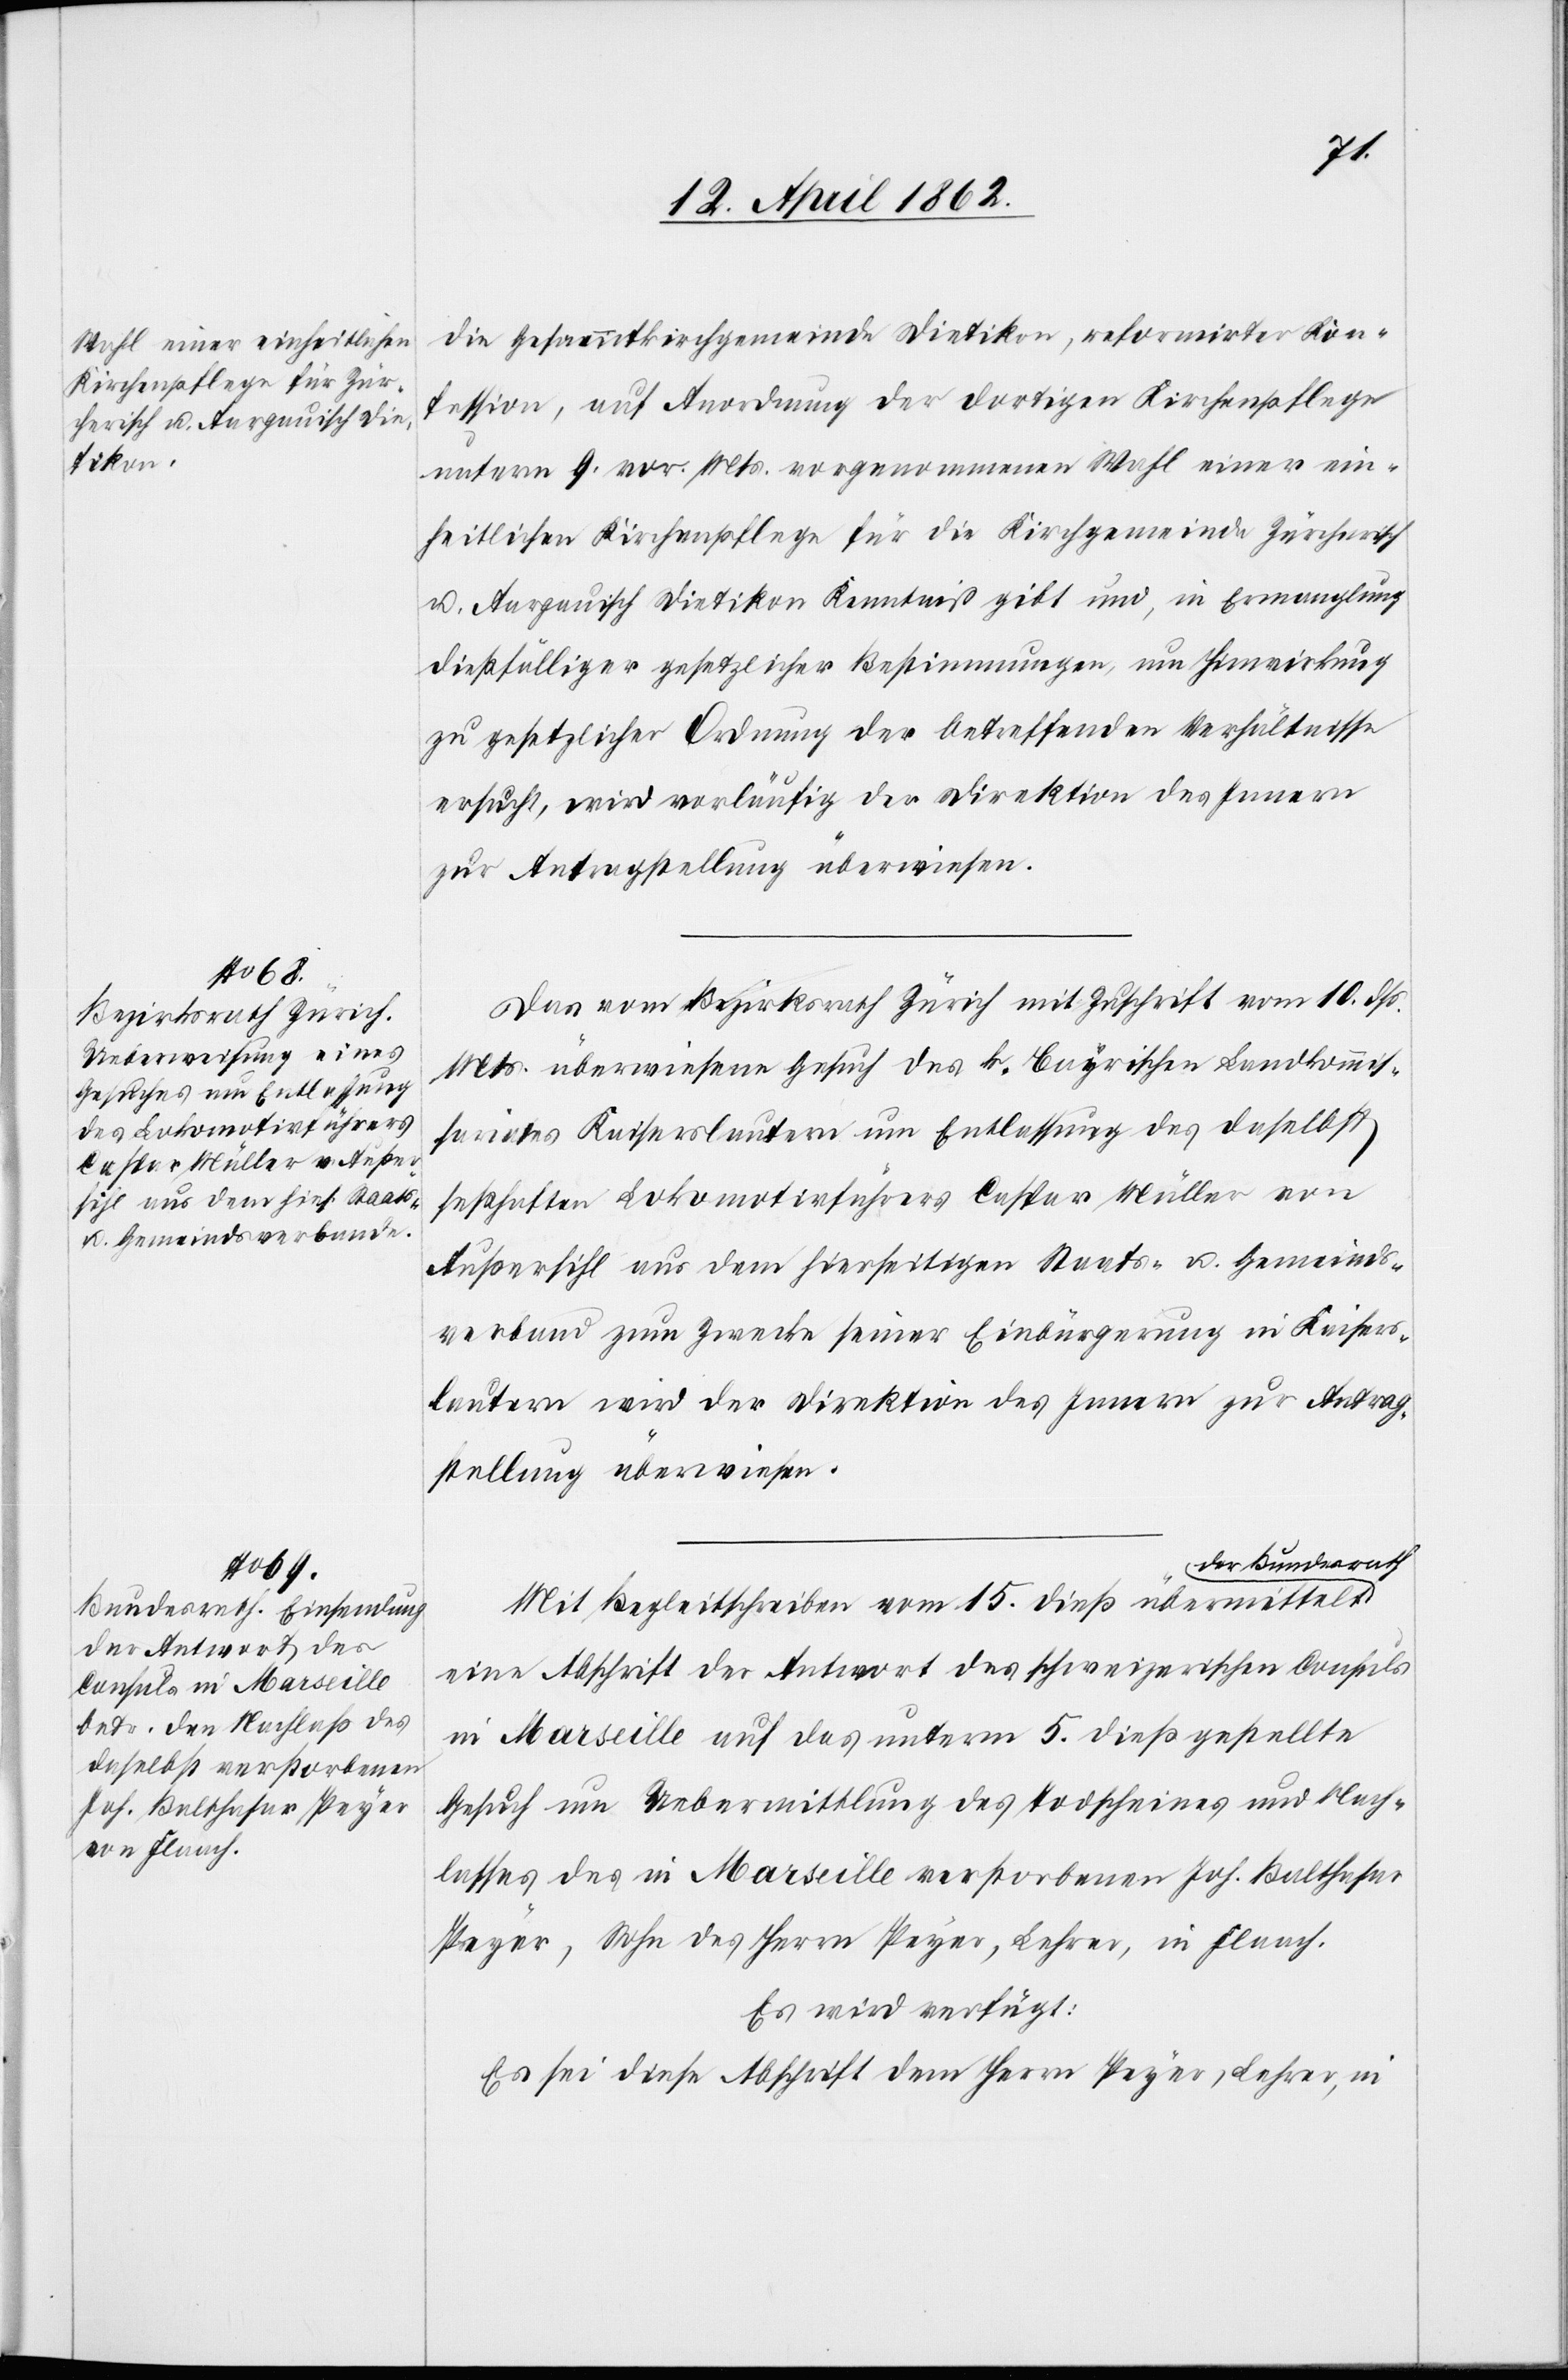
17. April 1862.]
die Gesammtkirchgemeinde Dietikon, reformirter Kon¬
fession, auf Anordnung der dortigen Kirchenpflege
unterm 9. vor. Mts. vorgenommenen Wahl einer ein¬
heitlichen Kirchenpflege für die Kirchgemeinde Zürcherisch
u. Aargauisch Dietikon Kenntniß gibt und, in Ermanglung
dießfälliger gesetzlicher Bestimmungen, um Hinwirkung
zu gesetzlicher Ordnung der betreffenden Verhältnisse
ersucht, wird vorläufig der Direktion des Innern
zur Antragstellung überwiesen.
Das vom Bezirksrath Zürich mit Zuschrift vom 10. dß.
Mts. überwiesene Gesuch des k. Bayerischen Landkommis¬
sariates Kaiserlautern um Entlassung des daselbst
seßhaften Lokomotivführers Caspar Müller von
Außersihl aus dem hierseitigen Staats- u. Gemeinds¬
verband zum Zwecke seiner Einbürgerung in Kaisers¬
lautern wird der Direktion des Innern zur Antrag¬
stellung überwiesen.
der Bundesrath
Mit Begleitschreiben vom 15. dieß übermittelt
eine Abschrift der Antwort des schweizerischen Consuls
in Marseille auf das unterm 5. dieß gestellte
Gesuch um Uebermittlung des Todscheines und Nach¬
lasses des in Marseille verstorbenen Joh. Balthasar
Peyer, Sohn des Herrn Peyer, Lehrer, in Flaach.
Es wird verfügt:
Es sei diese Abschrift dem Herrn Peyer, Leher, in